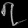
Digit: ၇